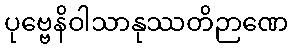
ပုဗ္ဗေနိဝါသာနုဿတိဉာဏေ